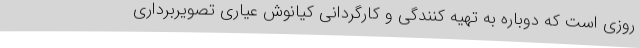
روزی است که دوباره به تهیه کنندگی و کارگردانی کیانوش عیاری تصویربرداری